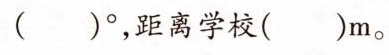
()° ，距离学校()m。